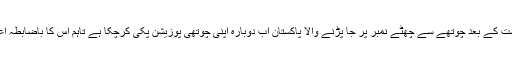
زمبابوے کے خلاف ہرارے ٹیسٹ میں شکست کے بعد چوتھے سے چھٹے نمبر پر جا پڑنے والا پاکستان اب دوبارہ اپنی چوتھی پوزیشن پکی کرچکا ہے تاہم اس کا باضابطہ اعلان دوسرے ٹیسٹ کے اختتام کے بعد ہوگا۔